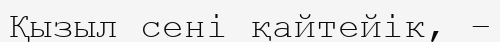
Қызыл сенi қайтейiк, –